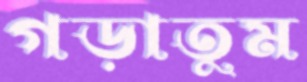
গড়াতুম